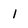
Character: 1